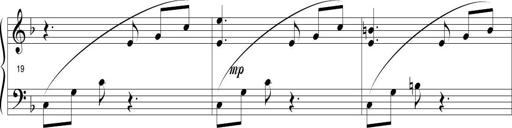
Title: Sonatina in D minor
Composer: Paul Csige
Key: D minor